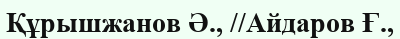
Құрышжанов Ә., //Айдаров Ғ.,